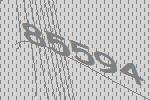
85594